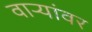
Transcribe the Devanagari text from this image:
वाऱ्यांवर